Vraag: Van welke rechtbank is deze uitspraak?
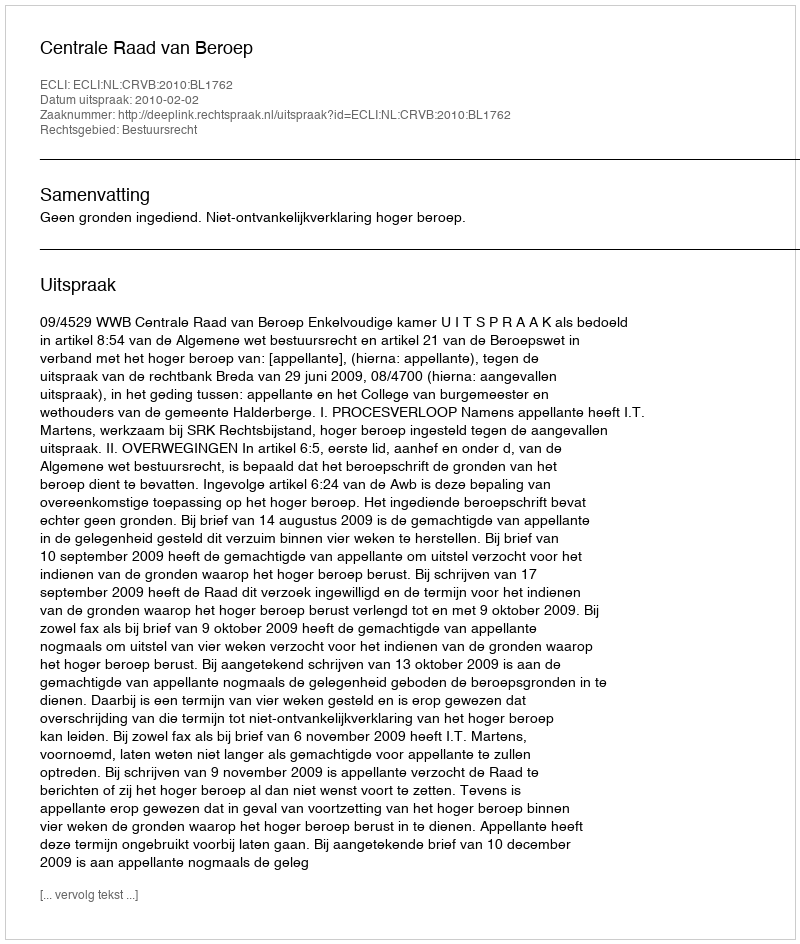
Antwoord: Centrale Raad van Beroep